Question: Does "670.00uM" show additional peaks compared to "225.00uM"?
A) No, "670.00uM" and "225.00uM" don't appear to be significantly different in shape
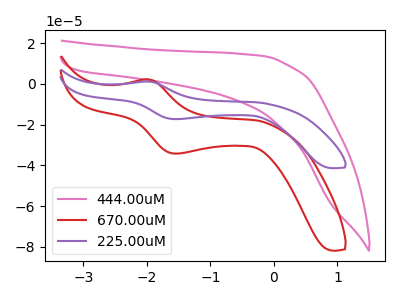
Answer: <think>The pink curve "444.00uM" has no peaks. The red curve "670.00uM" has an anodic peak at (-1.95V, 2.20uA) and a cathodic peak at (-1.55V, -34.25uA). The purple curve "225.00uM" has an anodic peak at (-1.95V, 1.10uA) and a cathodic peak at (-1.55V, -17.35uA).
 All the peaks in "670.00uM" have a peak in "225.00uM" at the same potential. Every peak in "670.00uM" is higher than every peak in "225.00uM".</think>
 <answer>A) No, "670.00uM" and "225.00uM" don't appear to be significantly different in shape</answer>
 <eval>A</eval>